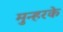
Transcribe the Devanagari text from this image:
मुन्हरके